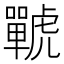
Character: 𧈍